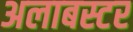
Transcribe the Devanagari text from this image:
अलाबस्टर